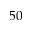
5 0